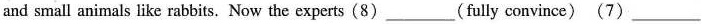
and small animals like rabbits. Now the experts (8)__(fully convince) (7)___